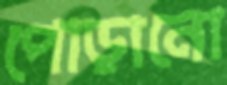
পোড়ানো